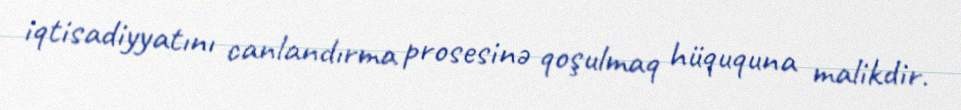
iqtisadiyyatını canlandırma prosesinə qoşulmaq hüququna malikdir.